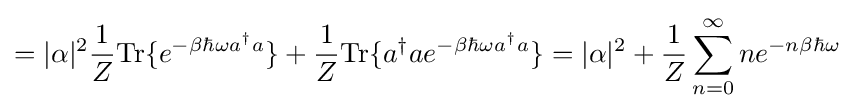
=|\alpha |^{2}{\frac {1}{Z}}{\text{Tr}}\{e^{-\beta \hbar \omega a^{\dagger }a}\}+{\frac {1}{Z}}{\text{Tr}}\{a^{\dagger }ae^{-\beta \hbar \omega a^{\dagger }a}\}=|\alpha |^{2}+{\frac {1}{Z}}\sum _{n=0}^{\infty }ne^{-n\beta \hbar \omega }